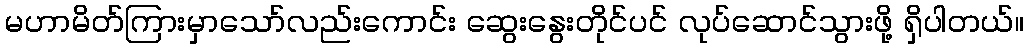
မဟာမိတ်ကြားမှာသော်လည်းကောင်း ဆွေးနွေးတိုင်ပင် လုပ်ဆောင်သွားဖို့ ရှိပါတယ်။